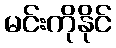
မင်းကိုနိုင်